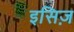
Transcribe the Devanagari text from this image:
इसिज़